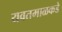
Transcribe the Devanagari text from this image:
यवतमाळकडे